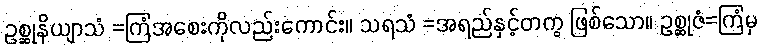
ဥစ္ဆုနိယျာသံ =ကြံအစေးကိုလည်းကောင်း။ သရသံ =အရည်နှင့်တကွ ဖြစ်သော။ ဥစ္ဆုဇံ=ကြံမှ